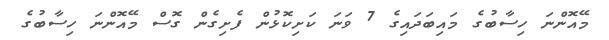
މޭއޮންނަ ހިސާބުގެ މައިބަދައިގެ 7 ވަނަ ކަށިކޮޅުން ފެށިގެން ގޮސް މޭއޮންނަ ހިސާބުގެ